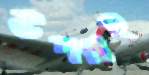
উপগ্রহ